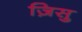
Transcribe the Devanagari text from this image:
ज़िसु